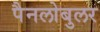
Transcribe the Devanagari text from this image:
पैनलोबुलर